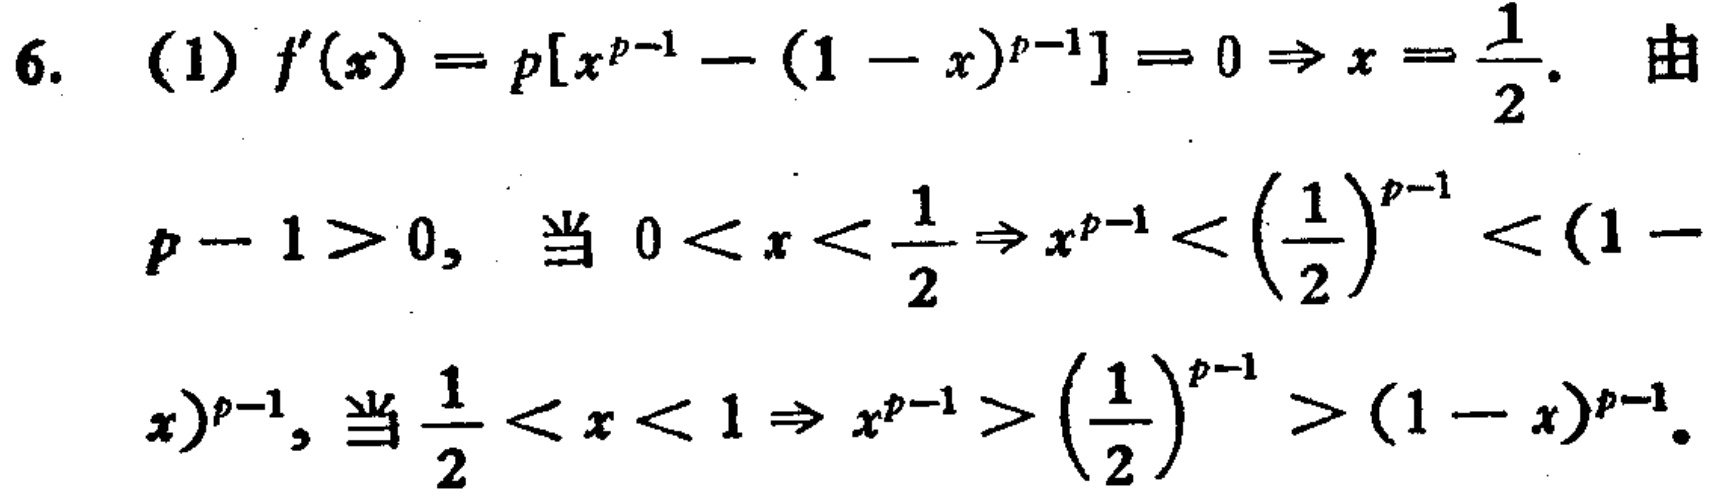
6. (1) \(f^{\prime}(x)=p[x^{p - 1}-(1 - x)^{p - 1}]=0\Rightarrow x=\frac{1}{2}\). 由
\(p - 1>0\), 当 \(0<x<\frac{1}{2}\Rightarrow x^{p - 1}<(\frac{1}{2})^{p - 1}<(1 - \)
\(x)^{p - 1}\), 当 \(\frac{1}{2}<x<1\Rightarrow x^{p - 1}>(\frac{1}{2})^{p - 1}>(1 - x)^{p - 1}\).